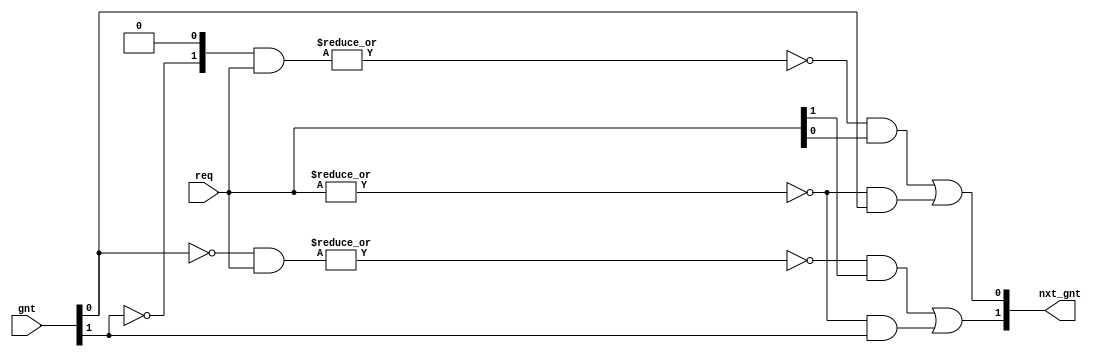
/* Copyright (c) 2015 by the author(s)
 *
 * Permission is hereby granted, free of charge, to any person obtaining a copy
 * of this software and associated documentation files (the "Software"), to deal
 * in the Software without restriction, including without limitation the rights
 * to use, copy, modify, merge, publish, distribute, sublicense, and/or sell
 * copies of the Software, and to permit persons to whom the Software is
 * furnished to do so, subject to the following conditions:
 *
 * The above copyright notice and this permission notice shall be included in
 * all copies or substantial portions of the Software.
 *
 * THE SOFTWARE IS PROVIDED "AS IS", WITHOUT WARRANTY OF ANY KIND, EXPRESS OR
 * IMPLIED, INCLUDING BUT NOT LIMITED TO THE WARRANTIES OF MERCHANTABILITY,
 * FITNESS FOR A PARTICULAR PURPOSE AND NONINFRINGEMENT. IN NO EVENT SHALL THE
 * AUTHORS OR COPYRIGHT HOLDERS BE LIABLE FOR ANY CLAIM, DAMAGES OR OTHER
 * LIABILITY, WHETHER IN AN ACTION OF CONTRACT, TORT OR OTHERWISE, ARISING FROM,
 * OUT OF OR IN CONNECTION WITH THE SOFTWARE OR THE USE OR OTHER DEALINGS IN
 * THE SOFTWARE.
 *
 * =============================================================================
 *
 * Generic round robin arbiter.
 *
 * (c) 2011-2013 by the author(s)
 *
 * Author(s):
 *   Stefan Wallentowitz <stefan.wallentowitz@tum.de>
 *
 */

module lisnoc_arb_rr(/*AUTOARG*/
   // Outputs
   nxt_gnt,
   // Inputs
   req, gnt
   );

   parameter N = 2;

   input [N-1:0] req;
   input [N-1:0] gnt;
   output [N-1:0] nxt_gnt;

   reg [N-1:0]      mask [0:N-1];

   integer            i,j;

   always @(*) begin
      for (i=0;i<N;i=i+1) begin
         mask[i] = {N{1'b0}};
         if(i>0)
           mask[i][i-1] = ~gnt[i-1];
         else
           mask[i][N-1] = ~gnt[N-1];
         for (j=2;j<N;j=j+1) begin
            if (i-j>=0)
              mask[i][i-j] = mask[i][i-j+1] & ~gnt[i-j];
            else if(i-j+1>=0)
              mask[i][i-j+N] = mask[i][i-j+1] & ~gnt[i-j+N];
            else
              mask[i][i-j+N] = mask[i][i-j+N+1] & ~gnt[i-j+N];
         end
      end
   end // always @ (*)

   genvar k;
   generate
      for (k=0;k<N;k=k+1) begin
         assign nxt_gnt[k] = (~|(mask[k] & req) & req[k]) | (~|req & gnt[k]);
      end
   endgenerate
endmodule // lisnoc_arb_rr